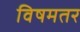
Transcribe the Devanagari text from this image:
विषमतर